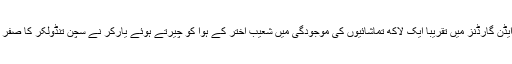
کلکتہ کے ایڈن گارڈنز میں تقریباً ایک لاکھ تماشائیوں کی موجودگی میں شعیب اختر کے ہوا کو چیرتے ہوئے یارکر نے سچن تنڈولکر کا صفر پر بولڈ کیا۔